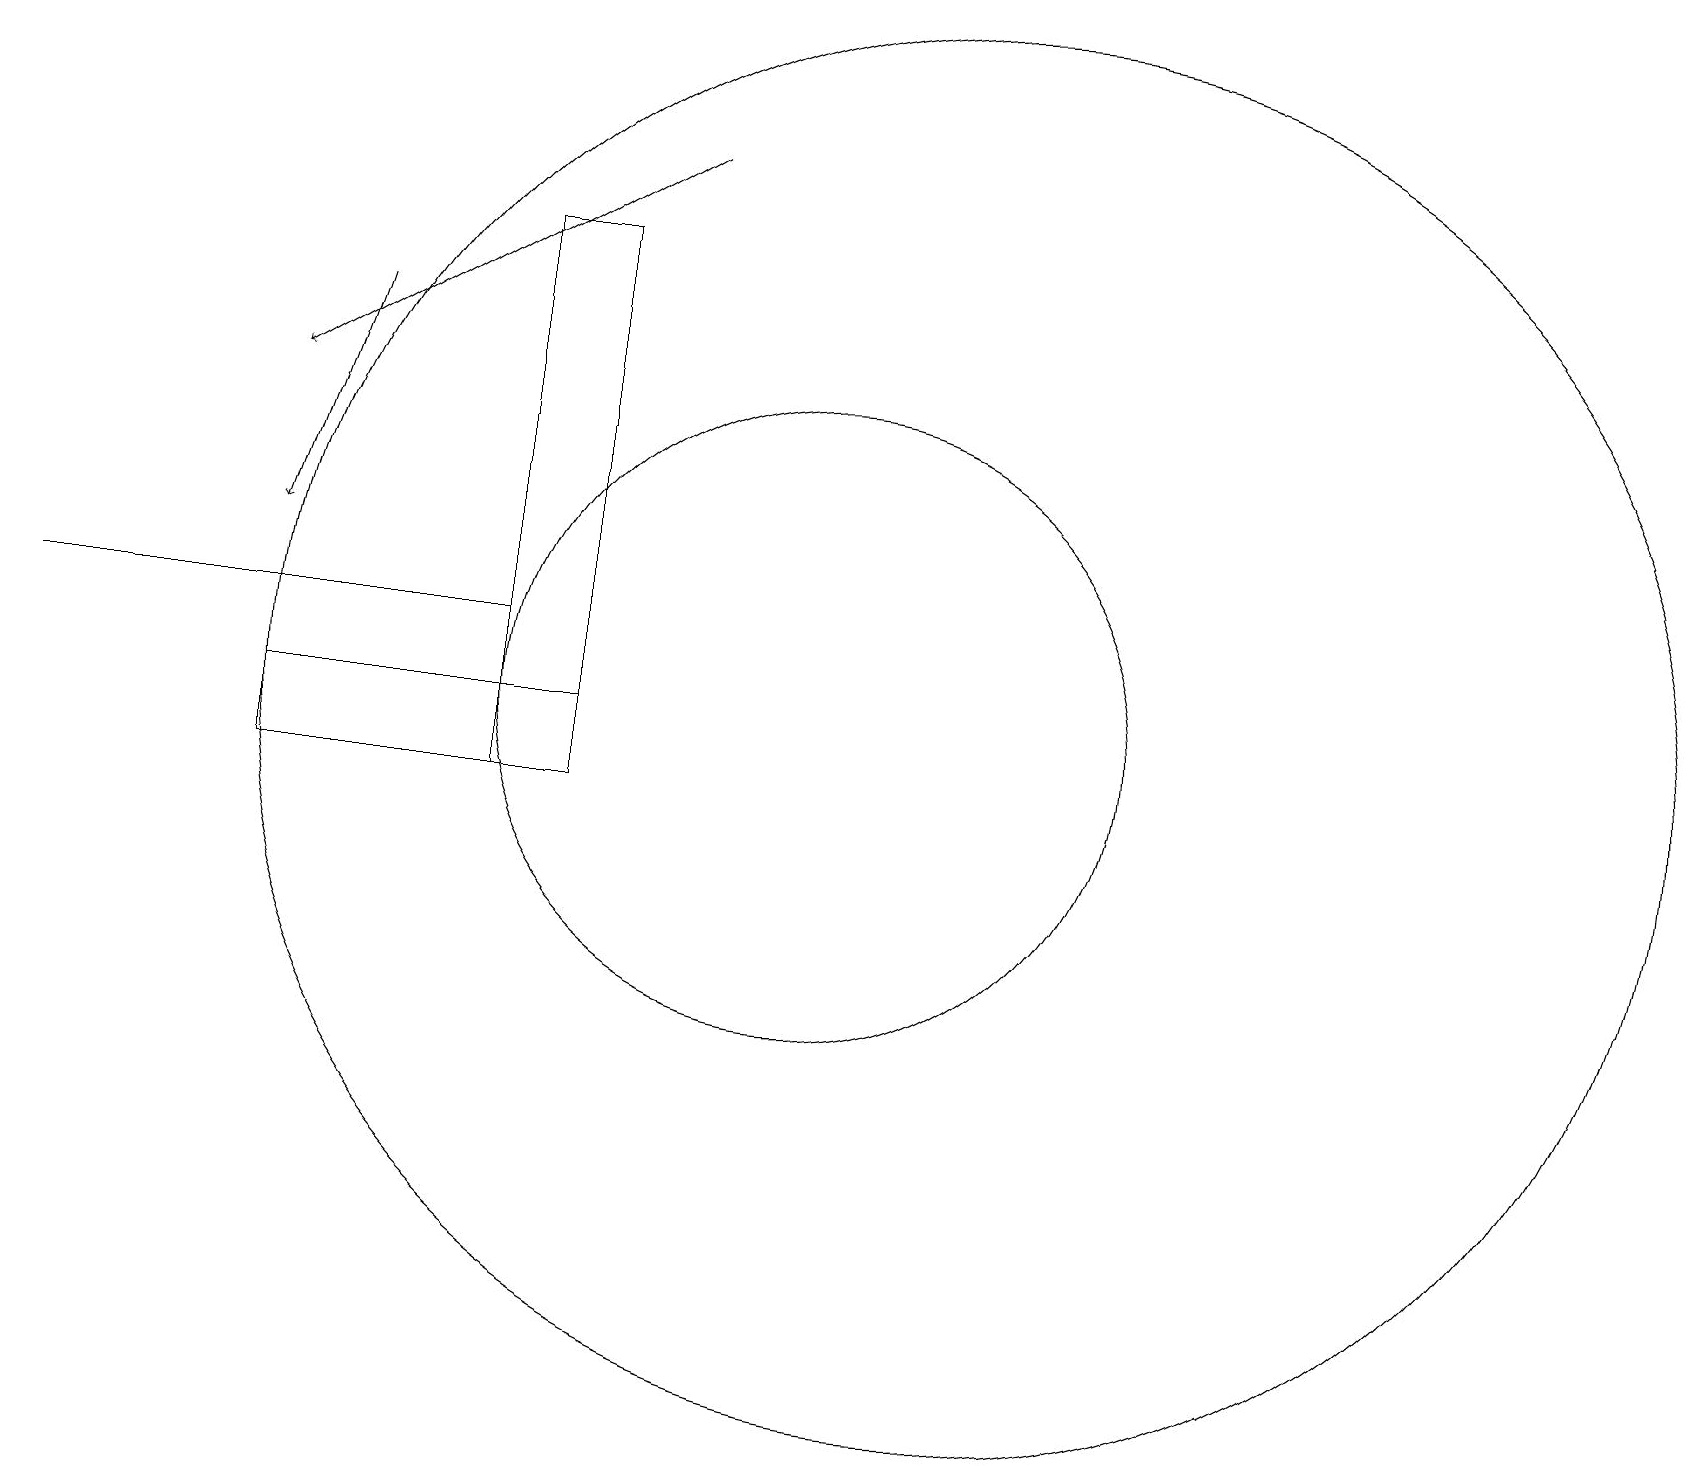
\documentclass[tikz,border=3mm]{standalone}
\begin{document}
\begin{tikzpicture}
\draw (10,12) circle (4);
\draw[->] (8,19) -- (3,16);
\draw[->] (4,17) -- (3,14);
\draw (6,13) rectangle (0,13);
\draw (6,18) rectangle (7,11);
\draw (3,11) rectangle (7,12);
\draw (12,12) circle (9);
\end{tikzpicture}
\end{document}